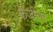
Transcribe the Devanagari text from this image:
केजीवन